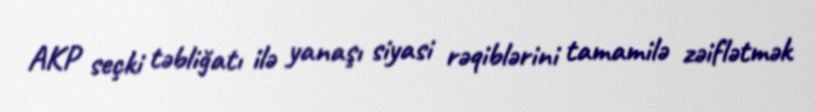
AKP seçki təbliğatı ilə yanaşı siyasi rəqiblərini tamamilə zəiflətmək